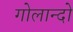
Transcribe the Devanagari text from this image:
गोलान्दो